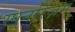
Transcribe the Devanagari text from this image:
स्पूनरिज़म